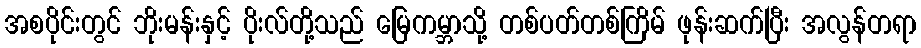
အစပိုင်းတွင် ဘိုးမန်းနှင့် ပိုးလ်တို့သည် မြေကမ္ဘာသို့ တစ်ပတ်တစ်ကြိမ် ဖုန်းဆက်ပြီး အလွန်တရာ